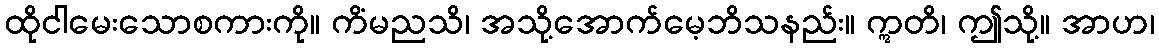
ထိုငါမေးသောစကားကို။ ကိံမညသိ၊ အသို့အောက်မေ့ဘိသနည်း။ ဣတိ၊ ဤသို့။ အာဟ၊